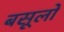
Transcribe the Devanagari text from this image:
बसूलों